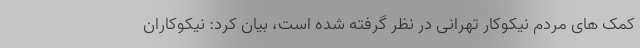
کمک های مردم نیکوکار تهرانی در نظر گرفته شده است، بیان کرد: نیکوکاران